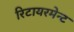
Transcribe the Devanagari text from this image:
रिटायरमेन्ट